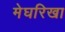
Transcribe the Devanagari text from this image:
मेघरिखा